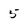
Character: 5